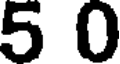
5 0